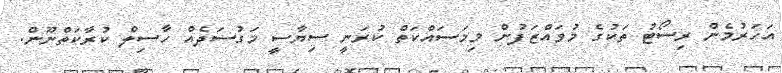
އަހަރުމެން ރިސޯޓު ތަކުގެ މުވައްޒަފުން މިމަސައްކަތް ކުރަނީ ސިޔާސީ މަގުސަދެއް ހާސިލް ކުރާކަތްނޫން.